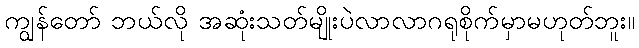
ကျွန်တော် ဘယ်လို အဆုံးသတ်မျိုးပဲလာလာဂရုစိုက်မှာမဟုတ်ဘူး။